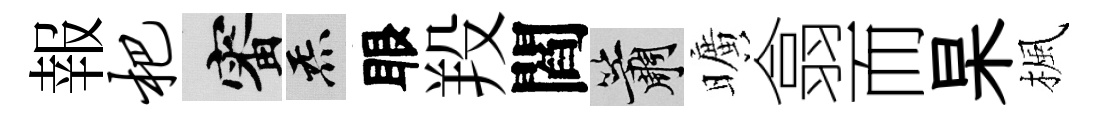
報杷審炁眼羖閻簫曠翕而杲楓